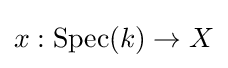
x:{\text{Spec}}(k)\to X